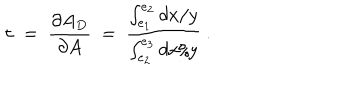
\tau \ = \ { \frac { \partial A _ { D } } { \partial A } } \ = \ { \frac { \int _ { e _ { 1 } } ^ { e _ { 2 } } { d x / y } } { \int _ { e _ { 2 } } ^ { e _ { 3 } } { d x / y } } } \ .